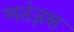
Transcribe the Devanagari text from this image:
मतंज़स